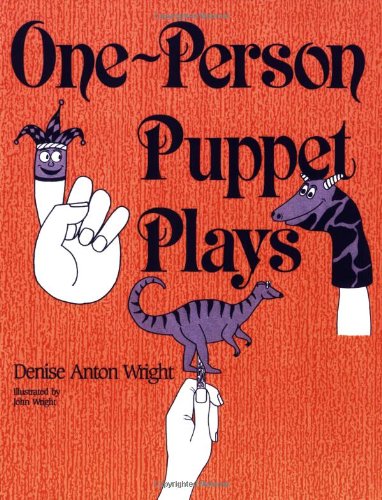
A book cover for One-Person Puppet Plays:; Denise A. Wright; Crafts, Hobbies & Home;